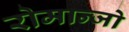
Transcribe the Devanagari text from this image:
रोमान्जो